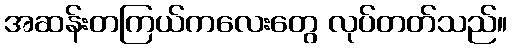
အဆန်းတကြယ်ကလေးတွေ လုပ်တတ်သည်။